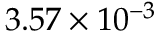
3 . 5 7 \times 1 0 ^ { - 3 }